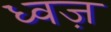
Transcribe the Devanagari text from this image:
ध्वज़